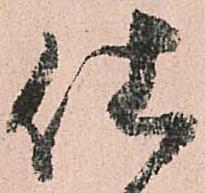
仕